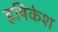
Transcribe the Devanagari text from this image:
ह्रषिकेश